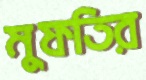
মুফতির